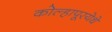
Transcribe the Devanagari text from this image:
कोल्हापूरयेथे